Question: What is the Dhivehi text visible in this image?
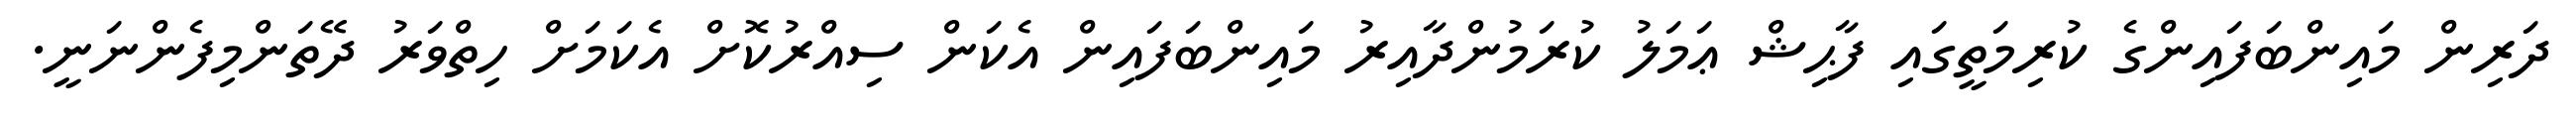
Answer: ދަރިން މައިންބަފައިންގެ ކުރިމަތީގައި ފާޙިޝް ޢަމަލު ކުރަމުންދާއިރު މައިންބަފައިން އެކަން ސިއްރުކޮށް އެކަމަށް ހިތްވަރު ދޭތަންމިފެންނަނީ.